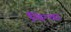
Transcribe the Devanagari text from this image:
चिन्चा